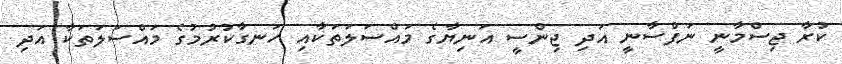
ކުރާ ޖިސްމާނީ ނަފްސާނީ އަދި ޖިންސީ އަނިޔާގެ މައްސަލަތަކާއި ހަނގާކުރުމުގެ މައްސަލަތަކާ އަދި